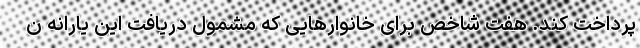
پرداخت کند. هفت شاخص برای خانوارهایی که مشمول دریافت این یارانه ن